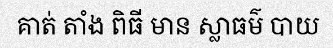
គាត់ តាំង ពិធី មាន ស្លាធម៌ បាយ